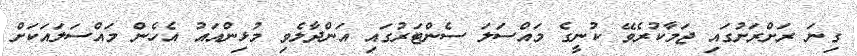
ގިނަ ރަށްރަށުގައި ޖަމާކުރެވޭ ކުނީގެ މައްސަލަ ސެންޓަރުގައި އަންދާލެވި މުޅިންއައު އެހެން މައްސަލައަކަށް